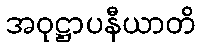
အဝုဋ္ဌာပနီယာတိ